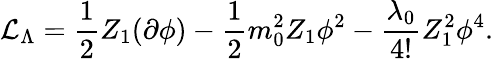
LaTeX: {\cal{L}}_{\Lambda}=\frac{1}{2}Z_{1}(\partial\phi)-\frac{1}{2}m_{0}^{2}Z_{1}\phi^{2}-\frac{\lambda_{0}}{4!}Z_{1}^{2}\phi^{4}.